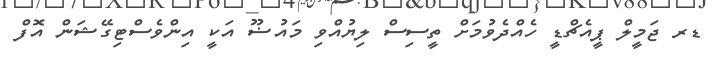
ޑރ ޖަމީލް ޕީއެޗްޑީ ހެއްދެވުމަށް ތީސިސް ލިޔުއްވި މައުޟޫ އަކީ އިންވެސްޓިގޭޝަން އޮފް